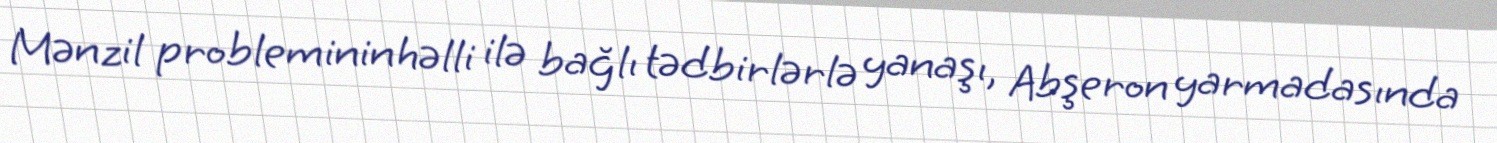
Mənzil probleminin həlli ilə bağlı tədbirlərlə yanaşı, Abşeron yarmadasında